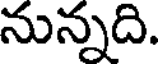
నున్నది.